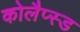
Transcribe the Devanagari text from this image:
कोलैप्स्ड